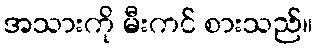
အသားကို မီးကင် စားသည်။